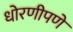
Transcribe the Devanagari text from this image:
धोरणीपणे